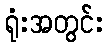
ရုံးအတွင်း